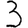
Digit: 3